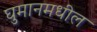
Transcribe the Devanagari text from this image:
घुमानमधील